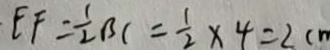
E F = \frac { 1 } { 2 } B C = \frac { 1 } { 2 } \times 4 = 2 c m